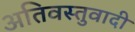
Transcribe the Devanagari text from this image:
अतिवस्तुवादी